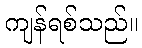
ကျန်ရစ်သည်။